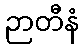
ဉာတီနံ